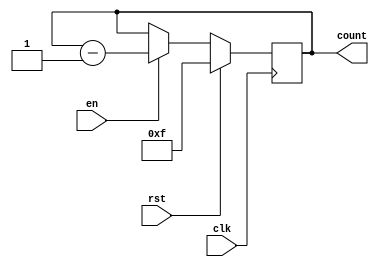
module binary_down_counter_enable (
    input  wire             clk,
    input  wire             rst,
    input  wire             en,
    output reg  [N-1:0]     count
);

parameter N = 4; // Number of bits for the counter

// Declare internal signals
reg [N-1:0] count_next;

always @(posedge clk) begin
    if (rst) begin
        count <= {N{1'b1}}; // Initialize count to predetermined value
    end else begin
        if (en) begin
            count <= count_next; // Update count value when enable signal is asserted
        end
    end
end

// Binary Down Counter Logic
always @* begin
    if (en) begin
        count_next = count - 1;
    end else begin
        count_next = count;
    end
end

endmodule